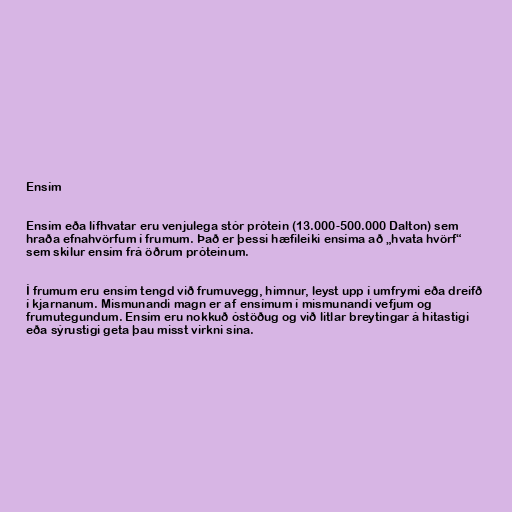
Ensím

Ensím eða lífhvatar eru venjulega stór prótein (13.000-500.000 Dalton) sem
hraða efnahvörfum í frumum. Það er þessi hæfileiki ensíma að „hvata hvörf“
sem skilur ensím frá öðrum próteinum.

Í frumum eru ensím tengd við frumuvegg, himnur, leyst upp í umfrymi eða dreifð
í kjarnanum. Mismunandi magn er af ensímum í mismunandi vefjum og
frumutegundum. Ensím eru nokkuð óstöðug og við litlar breytingar á hitastigi
eða sýrustigi geta þau misst virkni sína.